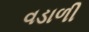
વડાળી